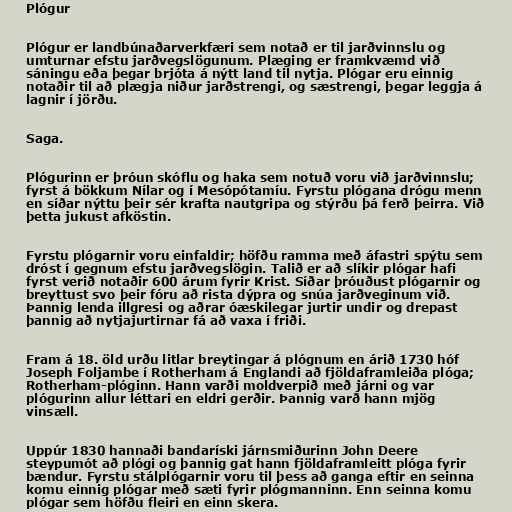
Plógur

Plógur er landbúnaðarverkfæri sem notað er til jarðvinnslu og
umturnar efstu jarðvegslögunum. Plæging er framkvæmd við
sáningu eða þegar brjóta á nýtt land til nytja. Plógar eru einnig
notaðir til að plægja niður jarðstrengi, og sæstrengi, þegar leggja á
lagnir í jörðu.

Saga.

Plógurinn er þróun skóflu og haka sem notuð voru við jarðvinnslu;
fyrst á bökkum Nílar og í Mesópótamíu. Fyrstu plógana drógu menn
en síðar nýttu þeir sér krafta nautgripa og stýrðu þá ferð þeirra. Við
þetta jukust afköstin.

Fyrstu plógarnir voru einfaldir; höfðu ramma með áfastri spýtu sem
dróst í gegnum efstu jarðvegslögin. Talið er að slíkir plógar hafi
fyrst verið notaðir 600 árum fyrir Krist. Síðar þróuðust plógarnir og
breyttust svo þeir fóru að rista dýpra og snúa jarðveginum við.
Þannig lenda illgresi og aðrar óæskilegar jurtir undir og drepast
þannig að nytjajurtirnar fá að vaxa í friði.

Fram á 18. öld urðu litlar breytingar á plógnum en árið 1730 hóf
Joseph Foljambe í Rotherham á Englandi að fjöldaframleiða plóga;
Rotherham-plóginn. Hann varði moldverpið með járni og var
plógurinn allur léttari en eldri gerðir. Þannig varð hann mjög
vinsæll.

Uppúr 1830 hannaði bandaríski járnsmiðurinn John Deere
steypumót að plógi og þannig gat hann fjöldaframleitt plóga fyrir
bændur. Fyrstu stálplógarnir voru til þess að ganga eftir en seinna
komu einnig plógar með sæti fyrir plógmanninn. Enn seinna komu
plógar sem höfðu fleiri en einn skera.